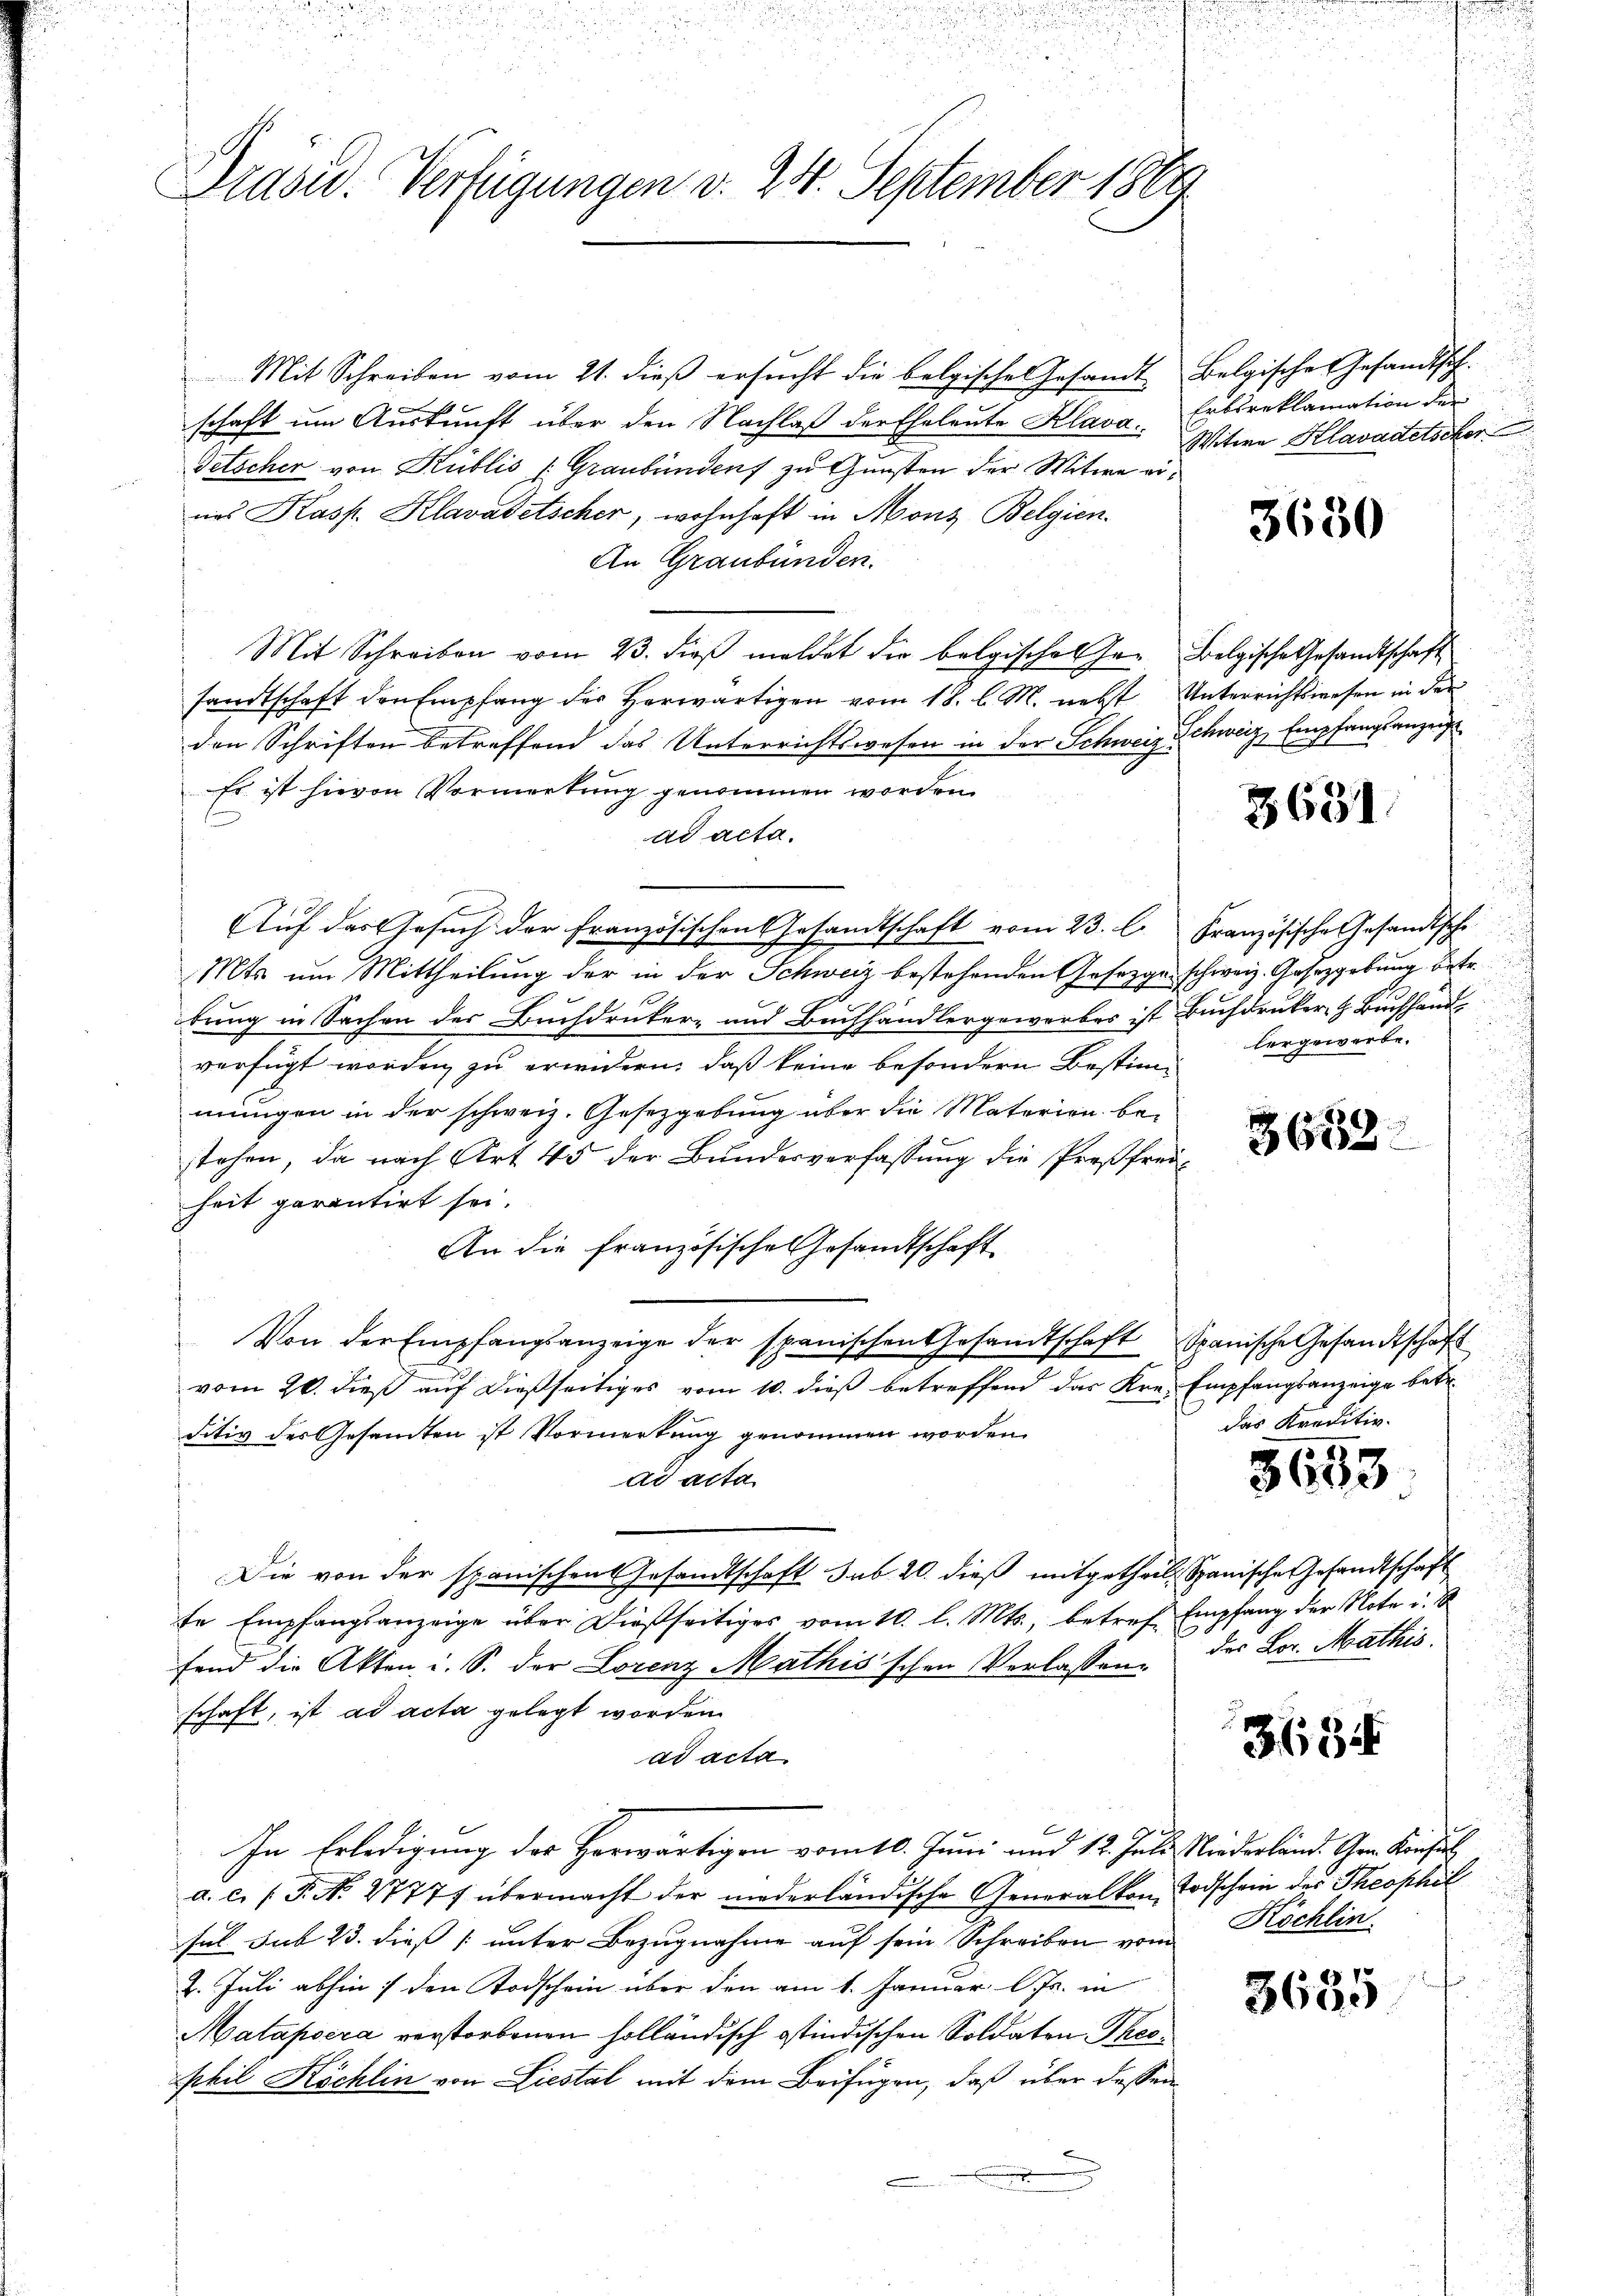
Präsid. Verfügungen d. 24. September 1869

Mit Schreiben vom 21. dieß ersucht die belgische Gesandt Belgische Gesandtsch
schaft um Auskunft über den Nachlaß der Eheleute Klava, Erbsreklamation der
Getscher von Küblis (Graubünden zu Gunsten der Witwe eines Kasp. Klavadetscher, wohnhaft in Mons Belgien.
An Graubünden.
Mit Schreiben vom 23. dieß meldet die belgische Ge- Belgische Gesandtschaft
sandtschaft den Empfang des Herwärtigen vom 18. l. M. nebst Unterrichtswesen in der
den Schriften betreffend das Unterrichtswesen in der Schweiz Schweiz, Empfangsanzeige
Es ist hievon Vormerkung genommen worden.
s
ad acta.
Auf der Gesuch der Französischen Gesandtschaft vom 23. l. Französische Gesandtsche
Mts. um Mittheilung der in der Schweiz bestehenden Gesezger schweiz. Gesetzgebung betr.
bung in Sachen der Buchdrucker- und Buchhändlergewerbes ist Buchdruker z. Buchhandverfügt worden zu erwidern, daß keine besondern Bestim-
mungen in der schweiz. Gesetzgebung über die Materien bestehen, da nach Art. 45 der Bundesverfassung die Preßfreiheit garantirt sei.
An die französische Gesandtschaft
Von der Empfangsanzeige der spanischen Gesandtschaft Spanische Gesandtschaft
vom 20. dieß auf dießseitiges vom 10. dieß betreffend das Kre- Empfangsanzeige betr.
ditiv des Gesandten ist Vormerkung genommen worden.
ad acta.
Die von der spanischen Gesandtschaft sub 20. dieß mitgetheil. Spanische Gesandtschaft
fe Empfangsanzeige über dießseitiges vom 10. l. Mts., betreff Empfang der Note u.
fend die Akten i. S. der Lorenz Mathis'schen Verlassen. Der Lor. Mathis
schaft, ist ad acta gelegt worden.
ad acta
In Erledigung des Herwärtigen vom 10. Juni und 12. Juli, Niederländ. Gen. Konsul
a. c. (T. No. 2777 übermacht der niederländische Generalkom Todschein des Theophil
sel sub 23. dieß unter Bezugnahme auf sein Schreiben vom Köchlin,
2. Juli abhin den Todschein über den am 1. Januar lJ. in
Matapoera verstorbenen holländisch ostindischen Soldaten Theophil Köchlin von Liestal mit dem Beifügen, daß über dessen

Witwe Klavadetscher

u

3630

3631.

hergewerbe.
2

3658.

das Kreditiv.

5653

3634

1
3600